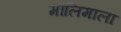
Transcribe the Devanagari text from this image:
मौलिमाला